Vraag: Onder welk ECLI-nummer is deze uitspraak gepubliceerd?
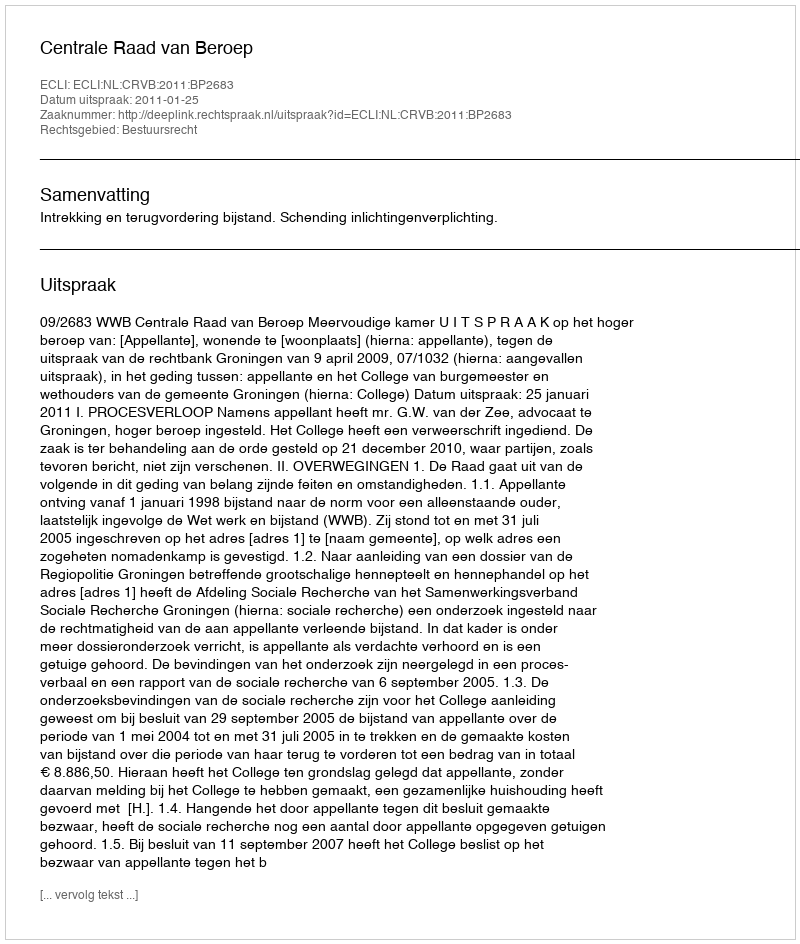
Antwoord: ECLI:NL:CRVB:2011:BP2683